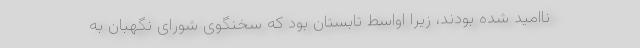
ناامید شده بودند، زیرا اواسط تابستان بود که سخنگوی شورای نگهبان به